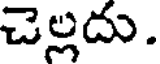
చెల్లదు.